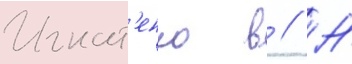
Игнат'енко в // Н